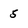
Character: 5